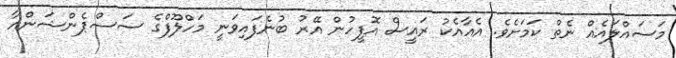
މަސައްލައެއް ނެތް ކަމަށެވެ. އެއާއެކު ރައީސް އޮފީހުން އޭރު ބުނެފައިވަނީ މަހްލޫފްގެ ސަސްޕެންޝަންއާ